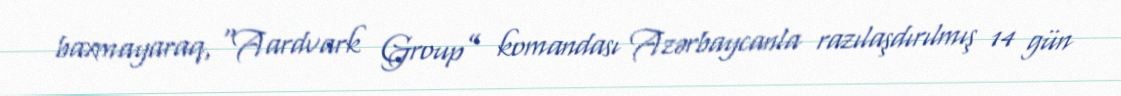
baxmayaraq, “Aardvark Group” komandası Azərbaycanla razılaşdırılmış 14 gün